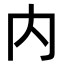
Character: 内